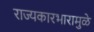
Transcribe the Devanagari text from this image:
राज्यकारभारामुळे